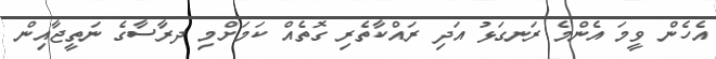
އެހެން ވީމަ އެންމެ ރަނގަޅު އަދި ރައްކާތެރި ގޮތެއް ކަމަށްމި ދރާސާގެ ނަތީޖާއިން